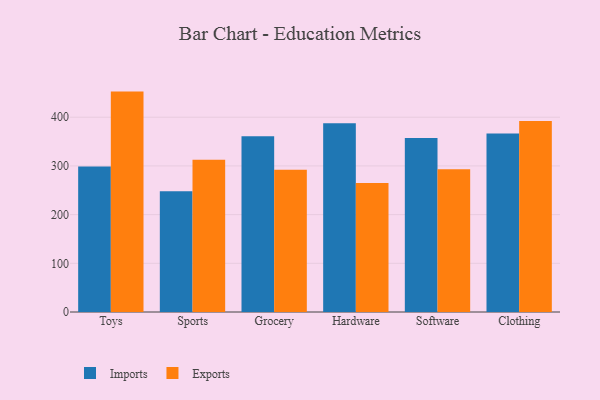
{"axis": {"x": "Category", "y": "Net Income (USD K)"}, "legend": ["Exports", "Imports"], "data": [{"x": "Toys", "y": 298.6, "type": "Imports"}, {"x": "Toys", "y": 452.6, "type": "Exports"}, {"x": "Sports", "y": 248.0, "type": "Imports"}, {"x": "Sports", "y": 312.5, "type": "Exports"}, {"x": "Grocery", "y": 361.0, "type": "Imports"}, {"x": "Grocery", "y": 292.2, "type": "Exports"}, {"x": "Hardware", "y": 387.6, "type": "Imports"}, {"x": "Hardware", "y": 265.1, "type": "Exports"}, {"x": "Software", "y": 357.3, "type": "Imports"}, {"x": "Software", "y": 293.3, "type": "Exports"}, {"x": "Clothing", "y": 366.7, "type": "Imports"}, {"x": "Clothing", "y": 392.4, "type": "Exports"}]}